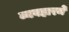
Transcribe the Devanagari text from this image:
व्यवहारमे